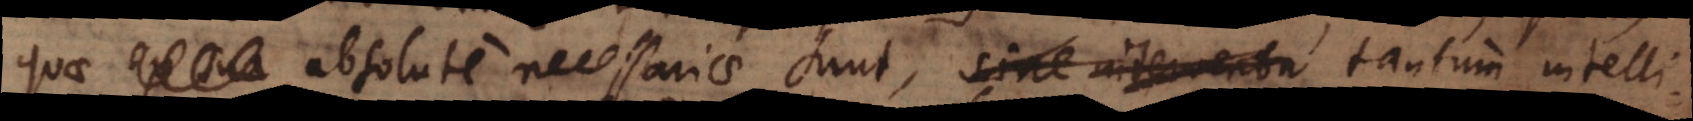
sua absolute necessariae sunt, sine interventu tantum intelligendo,